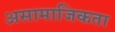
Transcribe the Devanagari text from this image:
असामाजिकता